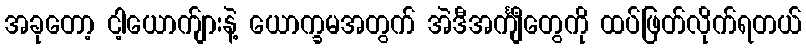
အခုတော့ ငါ့ယောက်ျားနဲ့ ယောက္ခမအတွက် အဲဒီအင်္ကျီတွေကို ထပ်ဖြတ်လိုက်ရတယ်